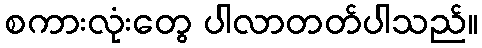
စကားလုံးတွေ ပါလာတတ်ပါသည်။